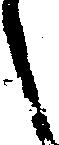
之